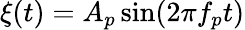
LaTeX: \xi(t)=A_{p}\sin(2\pi f_{p}t)